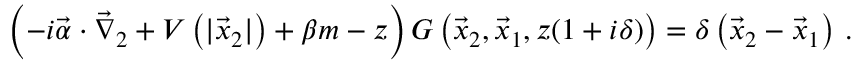
\left( - i \vec { \alpha } \cdot \vec { \nabla } _ { 2 } + V \left( | \vec { x } _ { 2 } | \right) + \beta m - z \right) G \left( \vec { x } _ { 2 } , \vec { x } _ { 1 } , z ( 1 + i \delta ) \right) = \delta \left( \vec { x } _ { 2 } - \vec { x } _ { 1 } \right) \, .